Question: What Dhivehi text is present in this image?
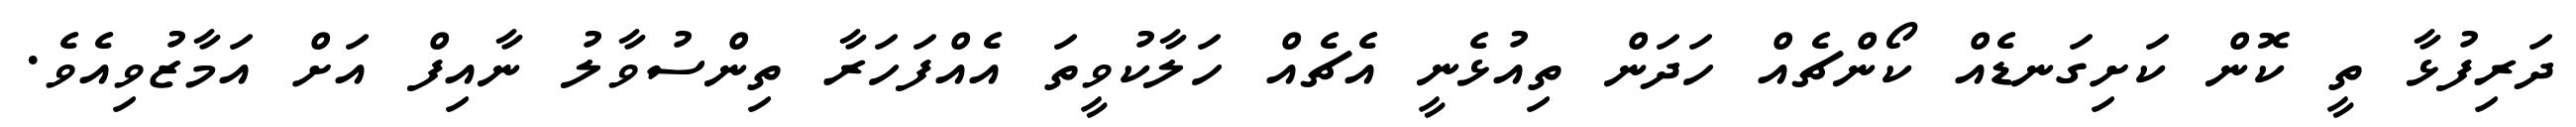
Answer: ދަރިފުޅާ ތީ ކޮން ކަށިގަނޑެއް ކޯންޗެއް ހަދަން ތިއުޅެނީ އެޗެއް ހަލާކުވީތަ އެއްފަހަރާ ތިންސުވާލު ނާއިފް އަށް އަމާޒުވިއެވެ.